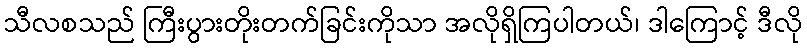
သီလစသည် ကြီးပွားတိုးတက်ခြင်းကိုသာ အလိုရှိကြပါတယ်၊ ဒါကြောင့် ဒီလို